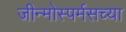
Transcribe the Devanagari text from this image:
जीन्मोस्पर्मसच्या